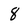
Character: 8